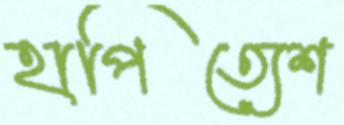
হাপিত্যেশ